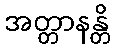
အတ္တာနန္တိ